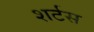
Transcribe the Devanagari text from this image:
शर्टस